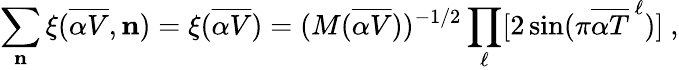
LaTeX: \sum_{\mathbf n}\xi({\overline{{{\alpha V}}}},{\mathbf n})=\xi({\overline{{{\alpha V}}}})=(M({\overline{{{\alpha V}}}}))^{-1/2}\prod_{\ell}[2\sin(\pi{\overline{{{\alpha T}}}}^{\, \ell})]~,